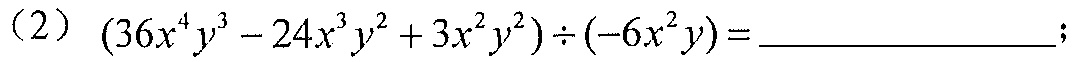
(2) \((36x^{4}y^{3}-24x^{3}y^{2}+3x^{2}y^{2})\div(-6x^{2}y)=\underline{\quad\quad}\);